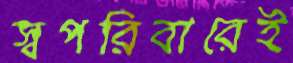
স্বপরিবারেই